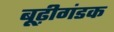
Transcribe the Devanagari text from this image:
बूढ़ीगंडक